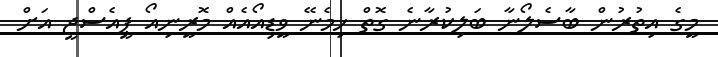
މީގެ އިތުރުން ބާސެލޯނާ ބަލިކުރާނެ ގޮތް ހިމެނޭ ވީޑިއޯއެއް މޮރީނިއޯ ޕީއެސްޖީ އަށް